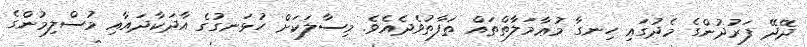
ދޭދޭ ފަރުދުންގެ މެދުގައި ހިނގާ މުޢާމަލާތްތައް ތަފާތުވެދެއެވެ. މިސާލަކަށް ހުޅަނގުގެ އާދަކާދައާއި މުސްލިމުންގެ